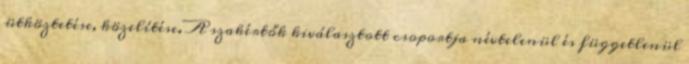
ütköztetése, közelítése. A szakértők kiválasztott csoportja névtelenül és függetlenül